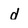
Character: d